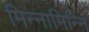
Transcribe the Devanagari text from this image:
मिन्नामिन्नि